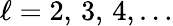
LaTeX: \ell=2,\, 3,\, 4,\ldots